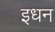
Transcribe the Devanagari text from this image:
इधन